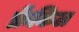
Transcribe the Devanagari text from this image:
फ्रेंकिल